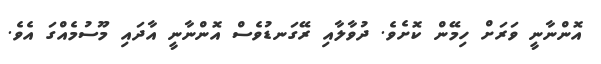
އޮންނާނީ ވަރަށް ހިމޭން ކޮށެވެ. ދުވާލާއި ރޭގަނޑުވެސް އޮންނާނީ އާދައި މޫސުމެއްގަ އެވެ.